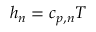
h _ { n } = c _ { p , n } T